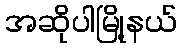
အဆိုပါမြို့နယ်